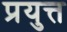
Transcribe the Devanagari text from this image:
प्रयुत्त